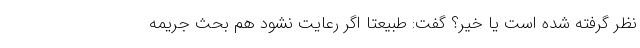
نظر گرفته شده است یا خیر؟ گفت: طبیعتا اگر رعایت نشود هم بحث جریمه